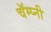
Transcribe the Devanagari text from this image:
चॅम्प्नी